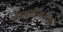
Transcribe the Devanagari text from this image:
सनफ्रान्सिसको